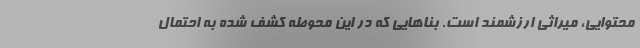
محتوایی، میراثی ارزشمند است. بناهایی که در این محوطه کشف شده به احتمال